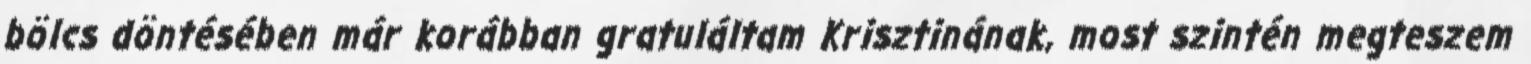
bölcs döntésében már korábban gratuláltam Krisztinának, most szintén megteszem